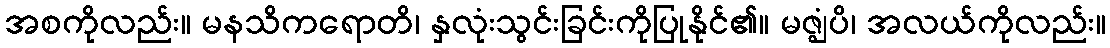
အစကိုလည်း။ မနသိကရောတိ၊ နှလုံးသွင်းခြင်းကိုပြုနိုင်၏။ မဇ္ဈံပိ၊ အလယ်ကိုလည်း။